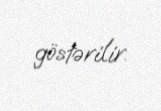
göstərilir.